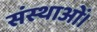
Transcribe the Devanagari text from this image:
संस्थाओं।